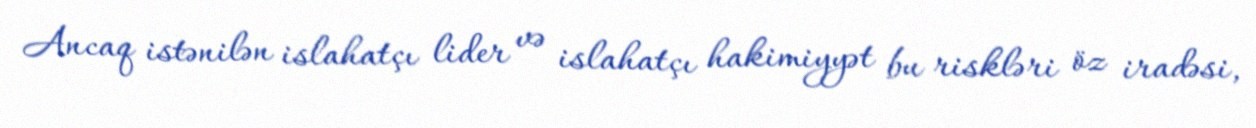
Ancaq istənilən islahatçı lider və islahatçı hakimiyyət bu riskləri öz iradəsi,